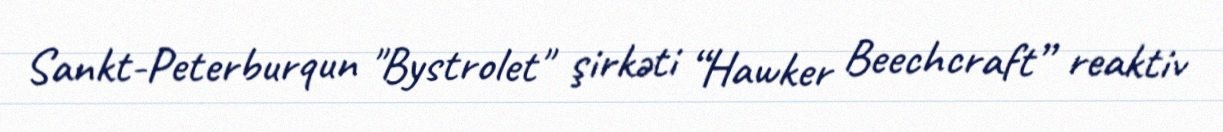
Sankt-Peterburqun "Bystrolet" şirkəti “Hawker Beechcraft” reaktiv